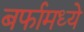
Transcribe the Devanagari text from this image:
बर्फामध्ये